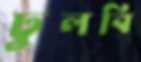
ঢুলবি